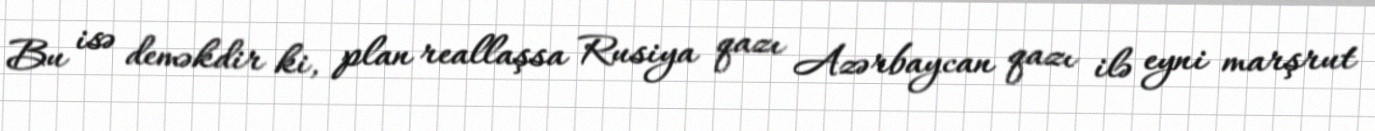
Bu isə deməkdir ki, plan reallaşsa Rusiya qazı Azərbaycan qazı ilə eyni marşrut